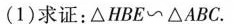
(1)求证：△HBE~△ABC.